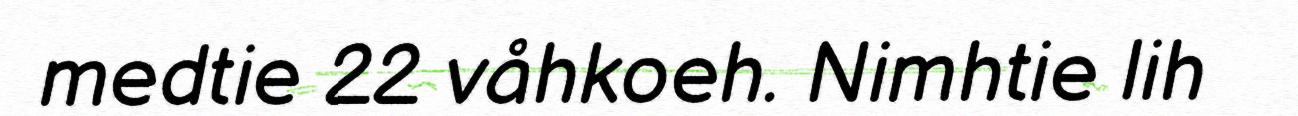
medtie 22 våhkoeh. Nimhtie lih